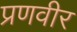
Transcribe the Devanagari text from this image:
प्रणवीर